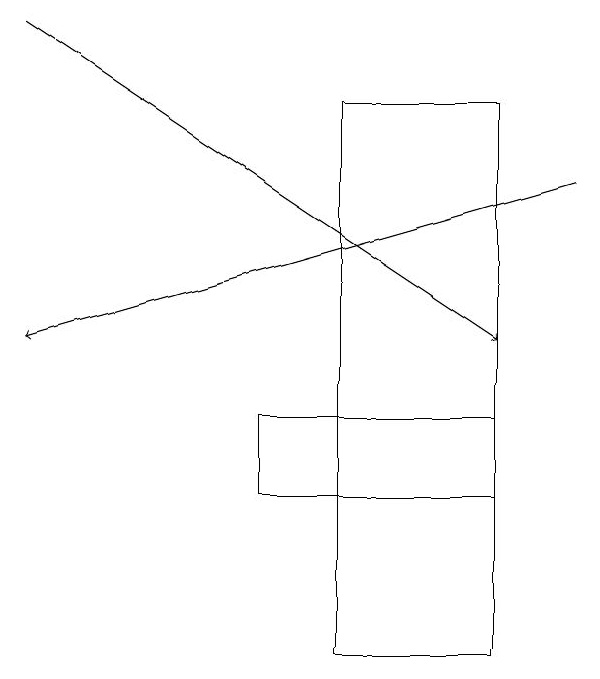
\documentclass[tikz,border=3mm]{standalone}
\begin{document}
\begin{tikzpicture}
\draw[->] (8,17) -- (1,15);
\draw (7,14) rectangle (4,13);
\draw[->] (1,19) -- (7,15);
\draw (5,18) rectangle (7,11);
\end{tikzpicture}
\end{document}